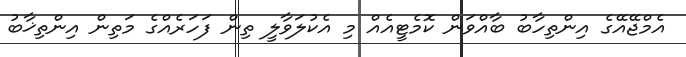
އެމްޖޭއޭގެ އިންތިހާބު ބާއްވަން ކޮމެޓީއެއް މި އެކުލަވާލީ ތިން ފަހަރެއްގެ މަތިން އިންތިޚާބު